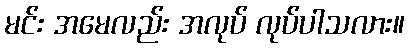
မင်း အမေလည်း အလုပ် လုပ်ပါသလား။